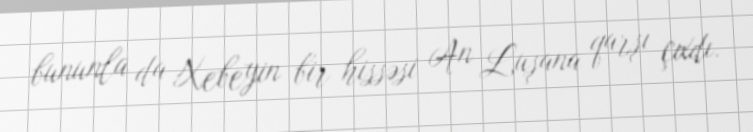
bununla da Xebeyin bir hissəsi An Luşana qarşı çıxdı.